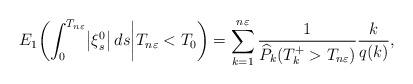
LaTeX: \begin{align*}E_1 \biggl( \int_0^{T_{n\varepsilon}} \bigl|\xi^0_s\bigr| \,ds \bigg| T_{n\varepsilon} < T_0\biggr) = \sum_{k=1}^{n\varepsilon}\frac{1}{\widehat P_k(T_k^+>T_{n\varepsilon})}\frac{k}{q(k)}, \end{align*}